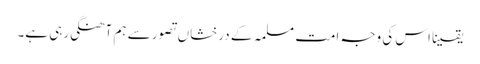
یقینا اس کی وجہ امت مسلمہ کے درخشاں تصور سے ہم آھنگی رہی ہے۔